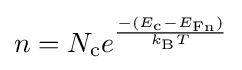
n=N_{\text{c}}e^{\frac {-(E_{\text{c}}-E_{\text{Fn}})}{k_{\text{B}}T}}